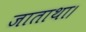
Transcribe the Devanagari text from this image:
जाताथा।